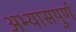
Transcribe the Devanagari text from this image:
अभ्यासपुर्ण